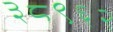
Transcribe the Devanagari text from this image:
३८९६२